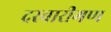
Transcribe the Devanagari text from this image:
दरबारीगण